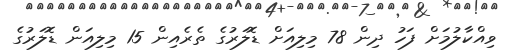
ވިއްކާލުމަށް ފަހު ދިން 78 މިލިއަށް ޑޮލަރުގެ ތެރެއިން 15 މިިލިއަން ޑޮލަރުގެ